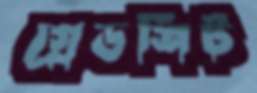
গ্রেডশিট